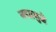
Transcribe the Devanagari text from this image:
नद्यामुळे